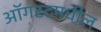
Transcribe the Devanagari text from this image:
ऑगस्टमधील